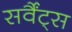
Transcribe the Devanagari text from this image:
सर्वैंट्स